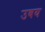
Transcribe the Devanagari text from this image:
उबय